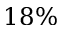
1 8 \%